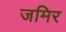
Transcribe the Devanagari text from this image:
जमिर